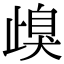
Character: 㱗